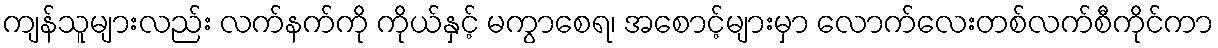
ကျန်သူများလည်း လက်နက်ကို ကိုယ်နှင့် မကွာစေရ၊ အစောင့်များမှာ လောက်လေးတစ်လက်စီကိုင်ကာ